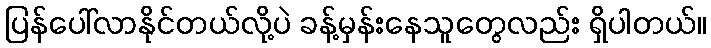
ပြန်ပေါ်လာနိုင်တယ်လို့ပဲ ခန့်မှန်းနေသူတွေလည်း ရှိပါတယ်။